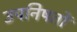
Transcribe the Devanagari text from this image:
उपनिषतों